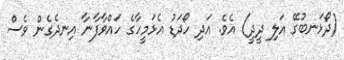
(ދޯޅަނބުގޭ އަލި ދީދީ) އެވެ. އަދި ހޯދަޑު އެޅަމީހާގެ ހައްވާފާނާ އިނދެގެން ވެސް